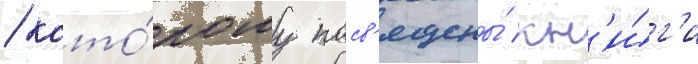
/ кото́рому посв'ящены́ кн'и́г'и